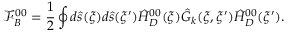
{ \mathcal { F } _ { B } ^ { 0 0 } } = { \frac { 1 } { 2 } } \oint { d } \hat { s } ( \xi ) d \hat { s } ( \xi ^ { \prime } ) { \hat { H } _ { D } ^ { 0 0 } } ( \xi ) { \hat { G } _ { k } } ( \xi , \xi ^ { \prime } ) { \hat { H } _ { D } ^ { 0 0 } } ( \xi ^ { \prime } ) .